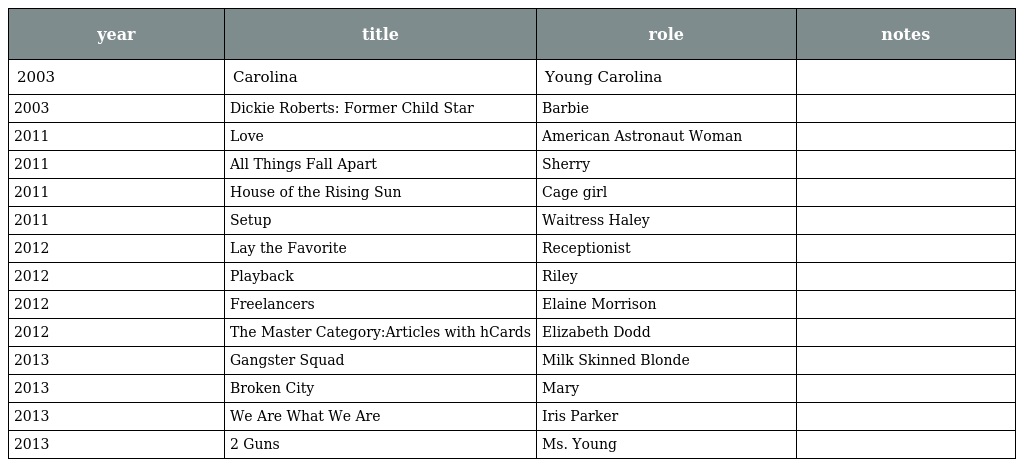
| year | title | role | notes |
 | --- | --- | --- | --- |
 | 2003 | Carolina | Young Carolina |  |
 | 2003 | Dickie Roberts: Former Child Star | Barbie |  |
 | 2011 | Love | American Astronaut Woman |  |
 | 2011 | All Things Fall Apart | Sherry |  |
 | 2011 | House of the Rising Sun | Cage girl |  |
 | 2011 | Setup | Waitress Haley |  |
 | 2012 | Lay the Favorite | Receptionist |  |
 | 2012 | Playback | Riley |  |
 | 2012 | Freelancers | Elaine Morrison |  |
 | 2012 | The Master Category:Articles with hCards | Elizabeth Dodd |  |
 | 2013 | Gangster Squad | Milk Skinned Blonde |  |
 | 2013 | Broken City | Mary |  |
 | 2013 | We Are What We Are | Iris Parker |  |
 | 2013 | 2 Guns | Ms. Young |  |